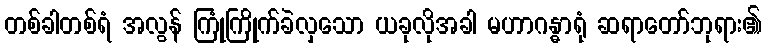
တစ်ခါတစ်ရံ အလွန် ကြုံကြိုက်ခဲလှသော ယခုလိုအခါ မဟာဂန္ဓာရုံ ဆရာတော်ဘုရား၏